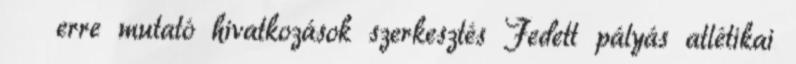
‎ ← erre mutató hivatkozások szerkesztés Fedett pályás atlétikai